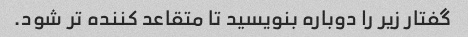
گفتار زیر را دوباره بنویسید تا متقاعد کننده تر شود.